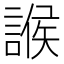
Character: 𧩨